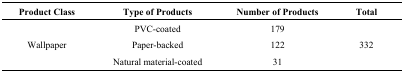
<table><thead><tr><td><b>Product Class</b></td><td><b>Type of Products</b></td><td><b>Number of Products</b></td><td><b>Total</b></td></tr></thead><tbody><tr><td rowspan="3">Wallpaper</td><td>PVC-coated</td><td>179</td><td rowspan="3">332</td></tr><tr><td>Paper-backed</td><td>122</td></tr><tr><td>Natural material-coated</td><td>31</td></tr></tbody></table>